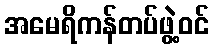
အမေရိကန်တပ်ဖွဲ့ဝင်